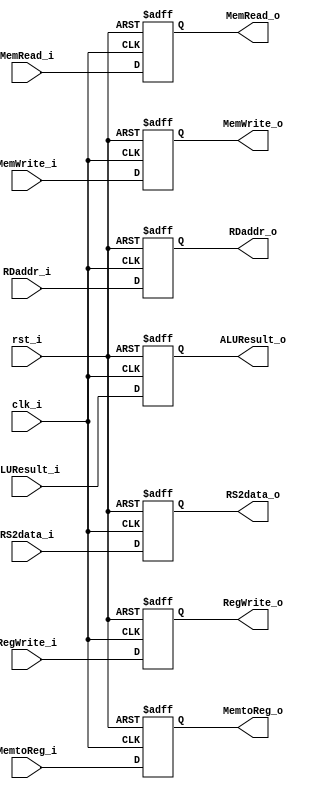
module EXMEMRegisters
(
    clk_i,
    rst_i,
    RegWrite_i,
    MemtoReg_i,
    MemRead_i,
    MemWrite_i,
    ALUResult_i,
    RS2data_i,
    RDaddr_i,
    RegWrite_o,
    MemtoReg_o,
    MemRead_o,
    MemWrite_o,
    ALUResult_o,
    RS2data_o,
    RDaddr_o
);

    input clk_i;
    input rst_i;
    input RegWrite_i;
    input MemtoReg_i;
    input MemRead_i;
    input MemWrite_i;
    input[31:0] ALUResult_i;
    input[31:0] RS2data_i;
    input[4:0] RDaddr_i;
    output RegWrite_o;
    output MemtoReg_o;
    output MemRead_o;
    output MemWrite_o;
    output[31:0] ALUResult_o;
    output[31:0] RS2data_o;
    output[4:0] RDaddr_o;

    reg RegWrite_reg;
    reg MemtoReg_reg;
    reg MemRead_reg;
    reg MemWrite_reg;
    reg[31:0] ALUResult_reg;
    reg[31:0] RS2data_reg;
    reg[4:0] RDaddr_reg;

    assign RegWrite_o = RegWrite_reg;
    assign MemtoReg_o = MemtoReg_reg;
    assign MemRead_o = MemRead_reg;
    assign MemWrite_o = MemWrite_reg;
    assign ALUResult_o = ALUResult_reg;
    assign RS2data_o = RS2data_reg;
    assign RDaddr_o = RDaddr_reg;

    always@(posedge clk_i or posedge rst_i) begin
        if (rst_i) begin
            RegWrite_reg <= 1'b0;
            MemtoReg_reg <= 1'b0;
            MemRead_reg <= 1'b0;
            MemWrite_reg <= 1'b0;
            ALUResult_reg <= 32'b0;
            RS2data_reg <= 32'b0;
            RDaddr_reg <= 5'b0;
        end
        else begin
            RegWrite_reg <= RegWrite_i;
            MemtoReg_reg <= MemtoReg_i;
            MemRead_reg <= MemRead_i;
            MemWrite_reg <= MemWrite_i;
            ALUResult_reg <= ALUResult_i;
            RS2data_reg <= RS2data_i;
            RDaddr_reg <= RDaddr_i;
        end
    end

endmodule